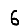
Digit: 6